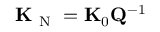
{ \bf K } _ { \mathrm { ~ N ~ } } = { \bf K } _ { 0 } { \bf Q } ^ { - 1 }